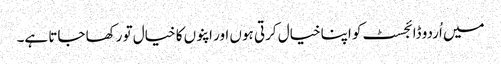
میں اُردو ڈائجسٹ کو اپنا خیال کرتی ہوں اور اپنوں کا خیال تو رکھا جاتا ہے۔